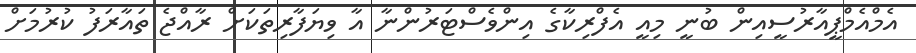
އެމްއެމްޕީއާރުސީއިން ބުނީ މިއީ އެފްރިކާގެ އިންވެސްޓަރުންނާ އާ ވިޔަފާރިތަކަށް ރާއްޖެ ތައާރަފު ކުރުމަށް